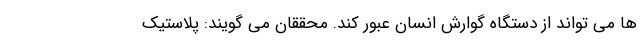
ها می تواند از دستگاه گوارش انسان عبور کند. محققان می گویند: پلاستیک